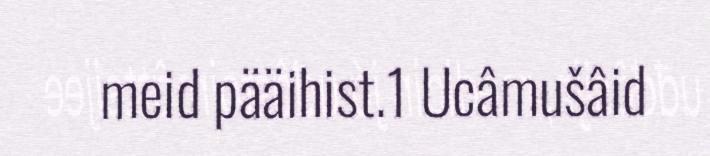
meid pääihist.1 Ucâmušâid